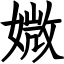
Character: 媺